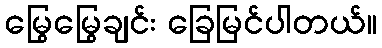
မြွေမြွေချင်း ခြေမြင်ပါတယ်။